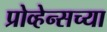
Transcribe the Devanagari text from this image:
प्रोव्हेन्सच्या